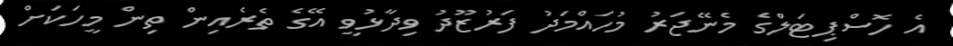
އެ ހޮސްޕިޓަލްގެ މެނޭޖަރު މުހައްމަދު ފަރުޒޫދު ވިދާޅުވީ އޭގެ ތެރެއިން ތިން މީހަކަށް